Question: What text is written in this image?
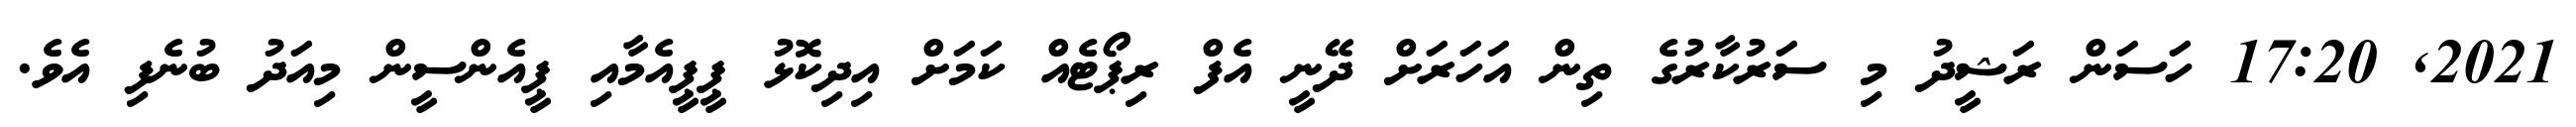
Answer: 2021, 17:20 ހަސަން ރަޝީދު މި ސަރުކާރުގެ ތިން އަހަރަށް ދޭނީ އެފް ރިޕޯޓެއް ކަމަށް އިދިކޮޅު ޕީޕީއެމާއި ޕީއެންސީން މިއަދު ބުނެފި އެވެ.